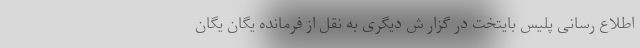
اطلاع رسانی پلیس بایتخت در گزار ش دیگری به نقل از فرمانده یگان یگان